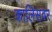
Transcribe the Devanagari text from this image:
कालिसवर